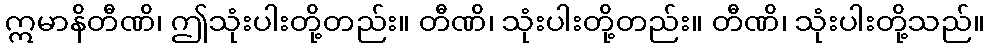
ဣမာနိတီဏိ၊ ဤသုံးပါးတို့တည်း။ တီဏိ၊ သုံးပါးတို့တည်း။ တီဏိ၊ သုံးပါးတို့သည်။